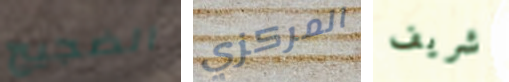
الضجيج المركزي شريف